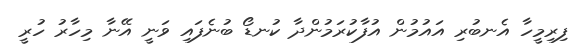
ފިރިމީހާ އެނބުރި އައުމުން އުފާކުރަމުންދާ ކުނޑޯ ބުނެފައި ވަނީ އޭނާ މިހާރު ހުރީ